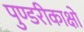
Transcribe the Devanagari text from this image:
पुण्डरीकाक्षो